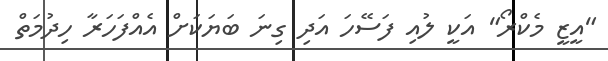
"އީޒީ މެކްރޯ" އަކީ ލުއި ފަސޭހަ އަދި ގިނަ ބަޔަކަށް އެއްފަހަރާ ހިދުމަތް